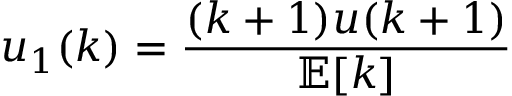
u _ { 1 } ( k ) = { \frac { ( k + 1 ) u ( k + 1 ) } { \mathbb { E } [ k ] } }